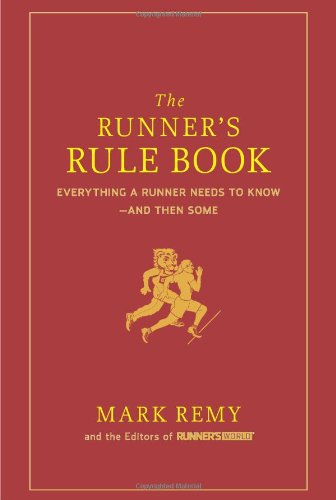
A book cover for The Runner's Rule Book: Everything a Runner Needs to Know--And Then Some; Mark Remy; Humor & Entertainment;